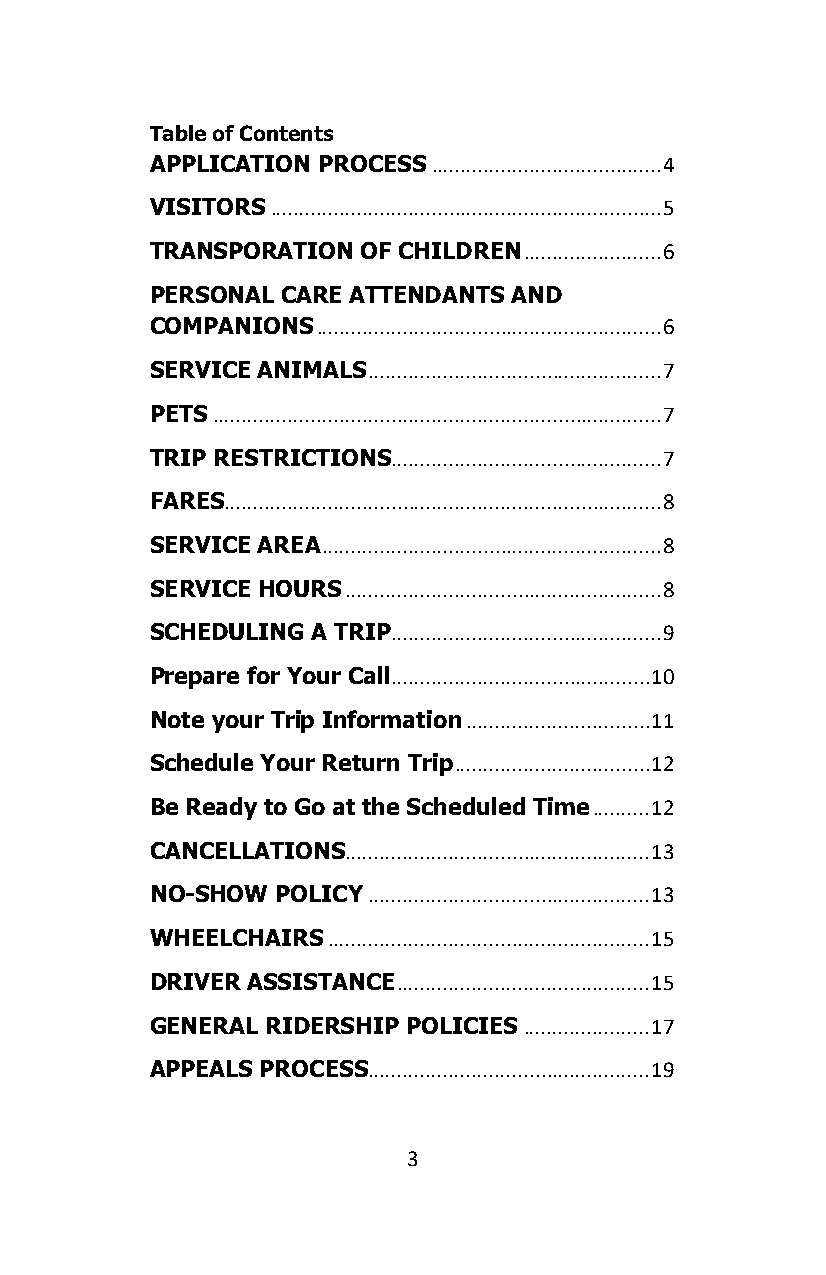
Table of Contents
 APPLICATION PROCESS ........................................ 4
 VISITORS .................................................................... 5
 TRANSPORATION OF CHILDREN ........................ 6
 PERSONAL CARE ATTENDANTS AND
 COMPANIONS ............................................................ 6
 SERVICE ANIMALS ................................................... 7
 PETS .............................................................................. 7
 TRIP RESTRICTIONS ............................................... 7
 FARES............................................................................ 8
 SERVICE AREA ........................................................... 8
 SERVICE HOURS ....................................................... 8
 SCHEDULING A TRIP ............................................... 9
 Prepare for Your Call ............................................. 10
 Note your Trip Information ................................ 11
 Schedule Your Return Trip .................................. 12
 Be Ready to Go at the Scheduled Time .......... 12
 CANCELLATIONS..................................................... 13
 NO-SHOW POLICY ................................................. 13
 WHEELCHAIRS ........................................................ 15
 DRIVER ASSISTANCE ............................................ 15
 GENERAL RIDERSHIP POLICIES ...................... 17
 APPEALS PROCESS ................................................. 19
 3